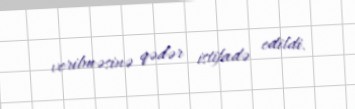
verilməsinə qədər istifadə edildi.